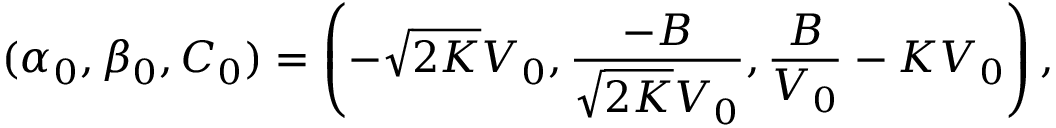
( \alpha _ { 0 } , \beta _ { 0 } , C _ { 0 } ) = \left( - \sqrt { 2 K } V _ { 0 } , \frac { - B } { \sqrt { 2 K } V _ { 0 } } , \frac { B } { V _ { 0 } } - K V _ { 0 } \right) ,